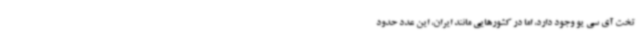
تخت آی سی یو وجود دارد، اما در کشورهایی مانند ایران، این عدد حدود